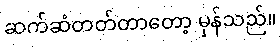
ဆက်ဆံတတ်တာတော့ မှန်သည်။